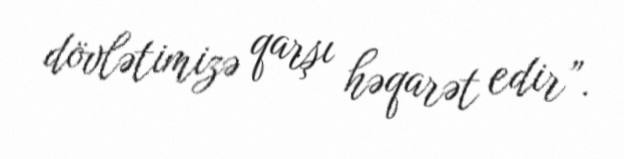
dövlətimizə qarşı həqarət edir”.